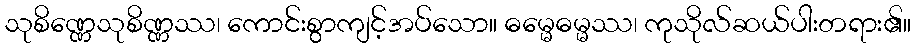
သုစိဏ္ဏေသုစိဏ္ဏဿ၊ ကောင်းစွာကျင့်အပ်သော။ ဓမ္မေဓမ္မဿ၊ ကုသိုလ်ဆယ်ပါးတရား၏။